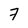
Character: 7